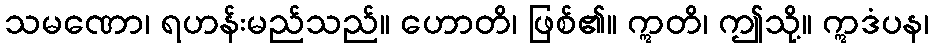
သမဏော၊ ရဟန်းမည်သည်။ ဟောတိ၊ ဖြစ်၏။ ဣတိ၊ ဤသို့။ ဣဒံပန၊